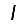
Digit: 1